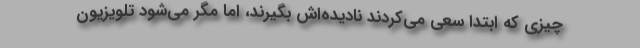
چیزی که ابتدا سعی می‌کردند نادیده‌اش بگیرند، اما مگر می‌شود تلویزیون